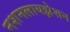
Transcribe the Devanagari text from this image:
नशनलायझेशन